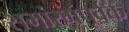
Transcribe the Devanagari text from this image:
समांरभपूर्वक